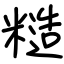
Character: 糙